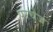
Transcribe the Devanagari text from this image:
परचेज